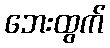
ဘေးထွက်